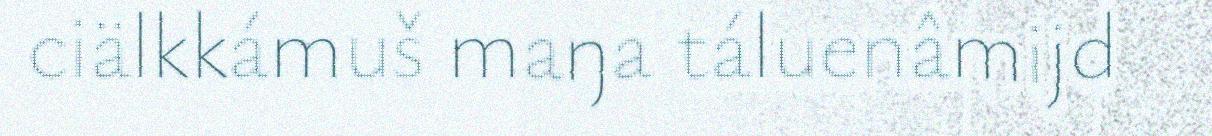
ciälkkámuš maŋa táluenâmijd